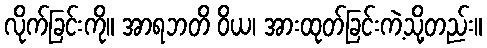
လိုက်ခြင်းကို။ အာရဘတိ ဝိယ၊ အားထုတ်ခြင်းကဲ့သို့တည်း။